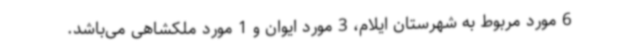
6 مورد مربوط به شهرستان ایلام، 3 مورد ایوان و 1 مورد ملکشاهی می‌باشد.